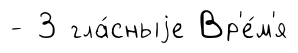
- 3 гла́сныjе Вр'е́м'я